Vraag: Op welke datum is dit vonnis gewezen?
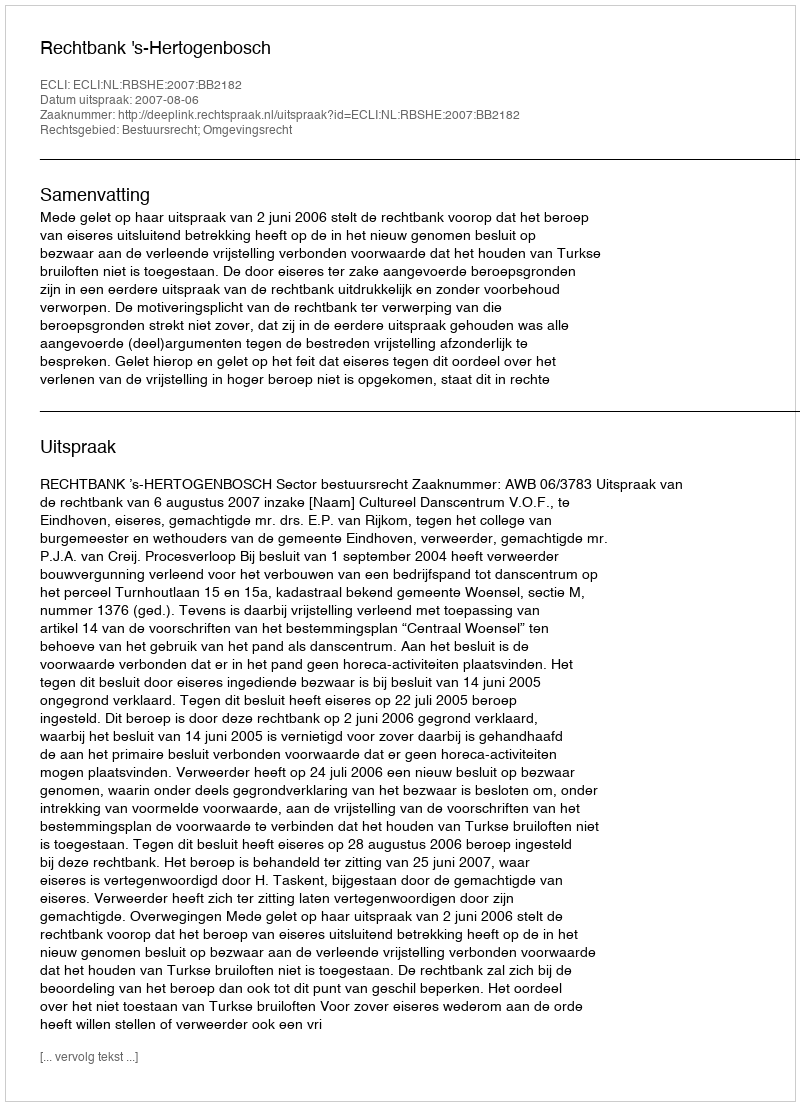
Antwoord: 2007-08-06